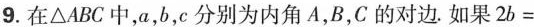
9.在△ABC中，a，b，c分别为内角A，B，C的对边。如果$$2 b =